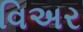
વિઅર